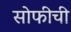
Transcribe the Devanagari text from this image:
सोफीची